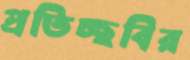
প্রতিচ্ছবির